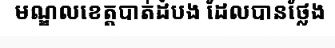
មណ្ឌលខេត្តបាត់ដំបង ដែលបានថ្លែង